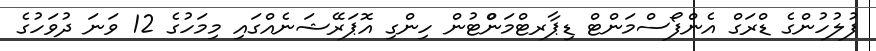
ފުލުހުންގެ ޑްރަގް އެންފޯސްމަންޓް ޑިޕާރޓްމަންްޓުން ހިންގި އޮޕަރޭޝަނެއްގައި މިމަހުގެ 12 ވަނަ ދުވަހުގެ